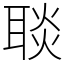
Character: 𦖠